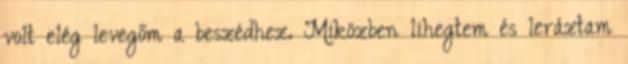
volt elég levegőm a beszédhez. Miközben lihegtem és leráztam